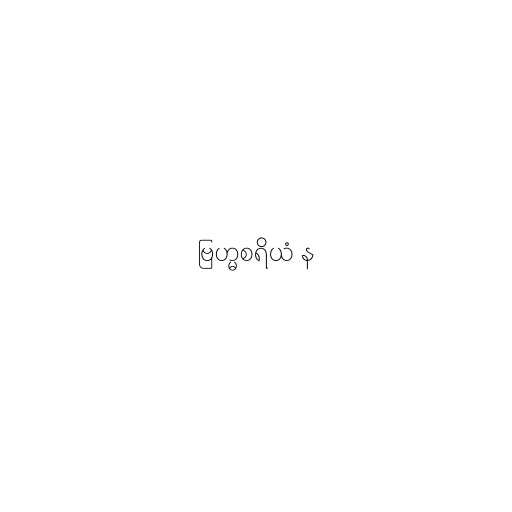
ဗြဟ္မစရိယံ န